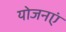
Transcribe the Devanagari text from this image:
योजनएं